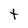
Character: T